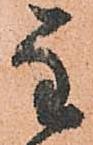
主